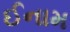
ઈનામ